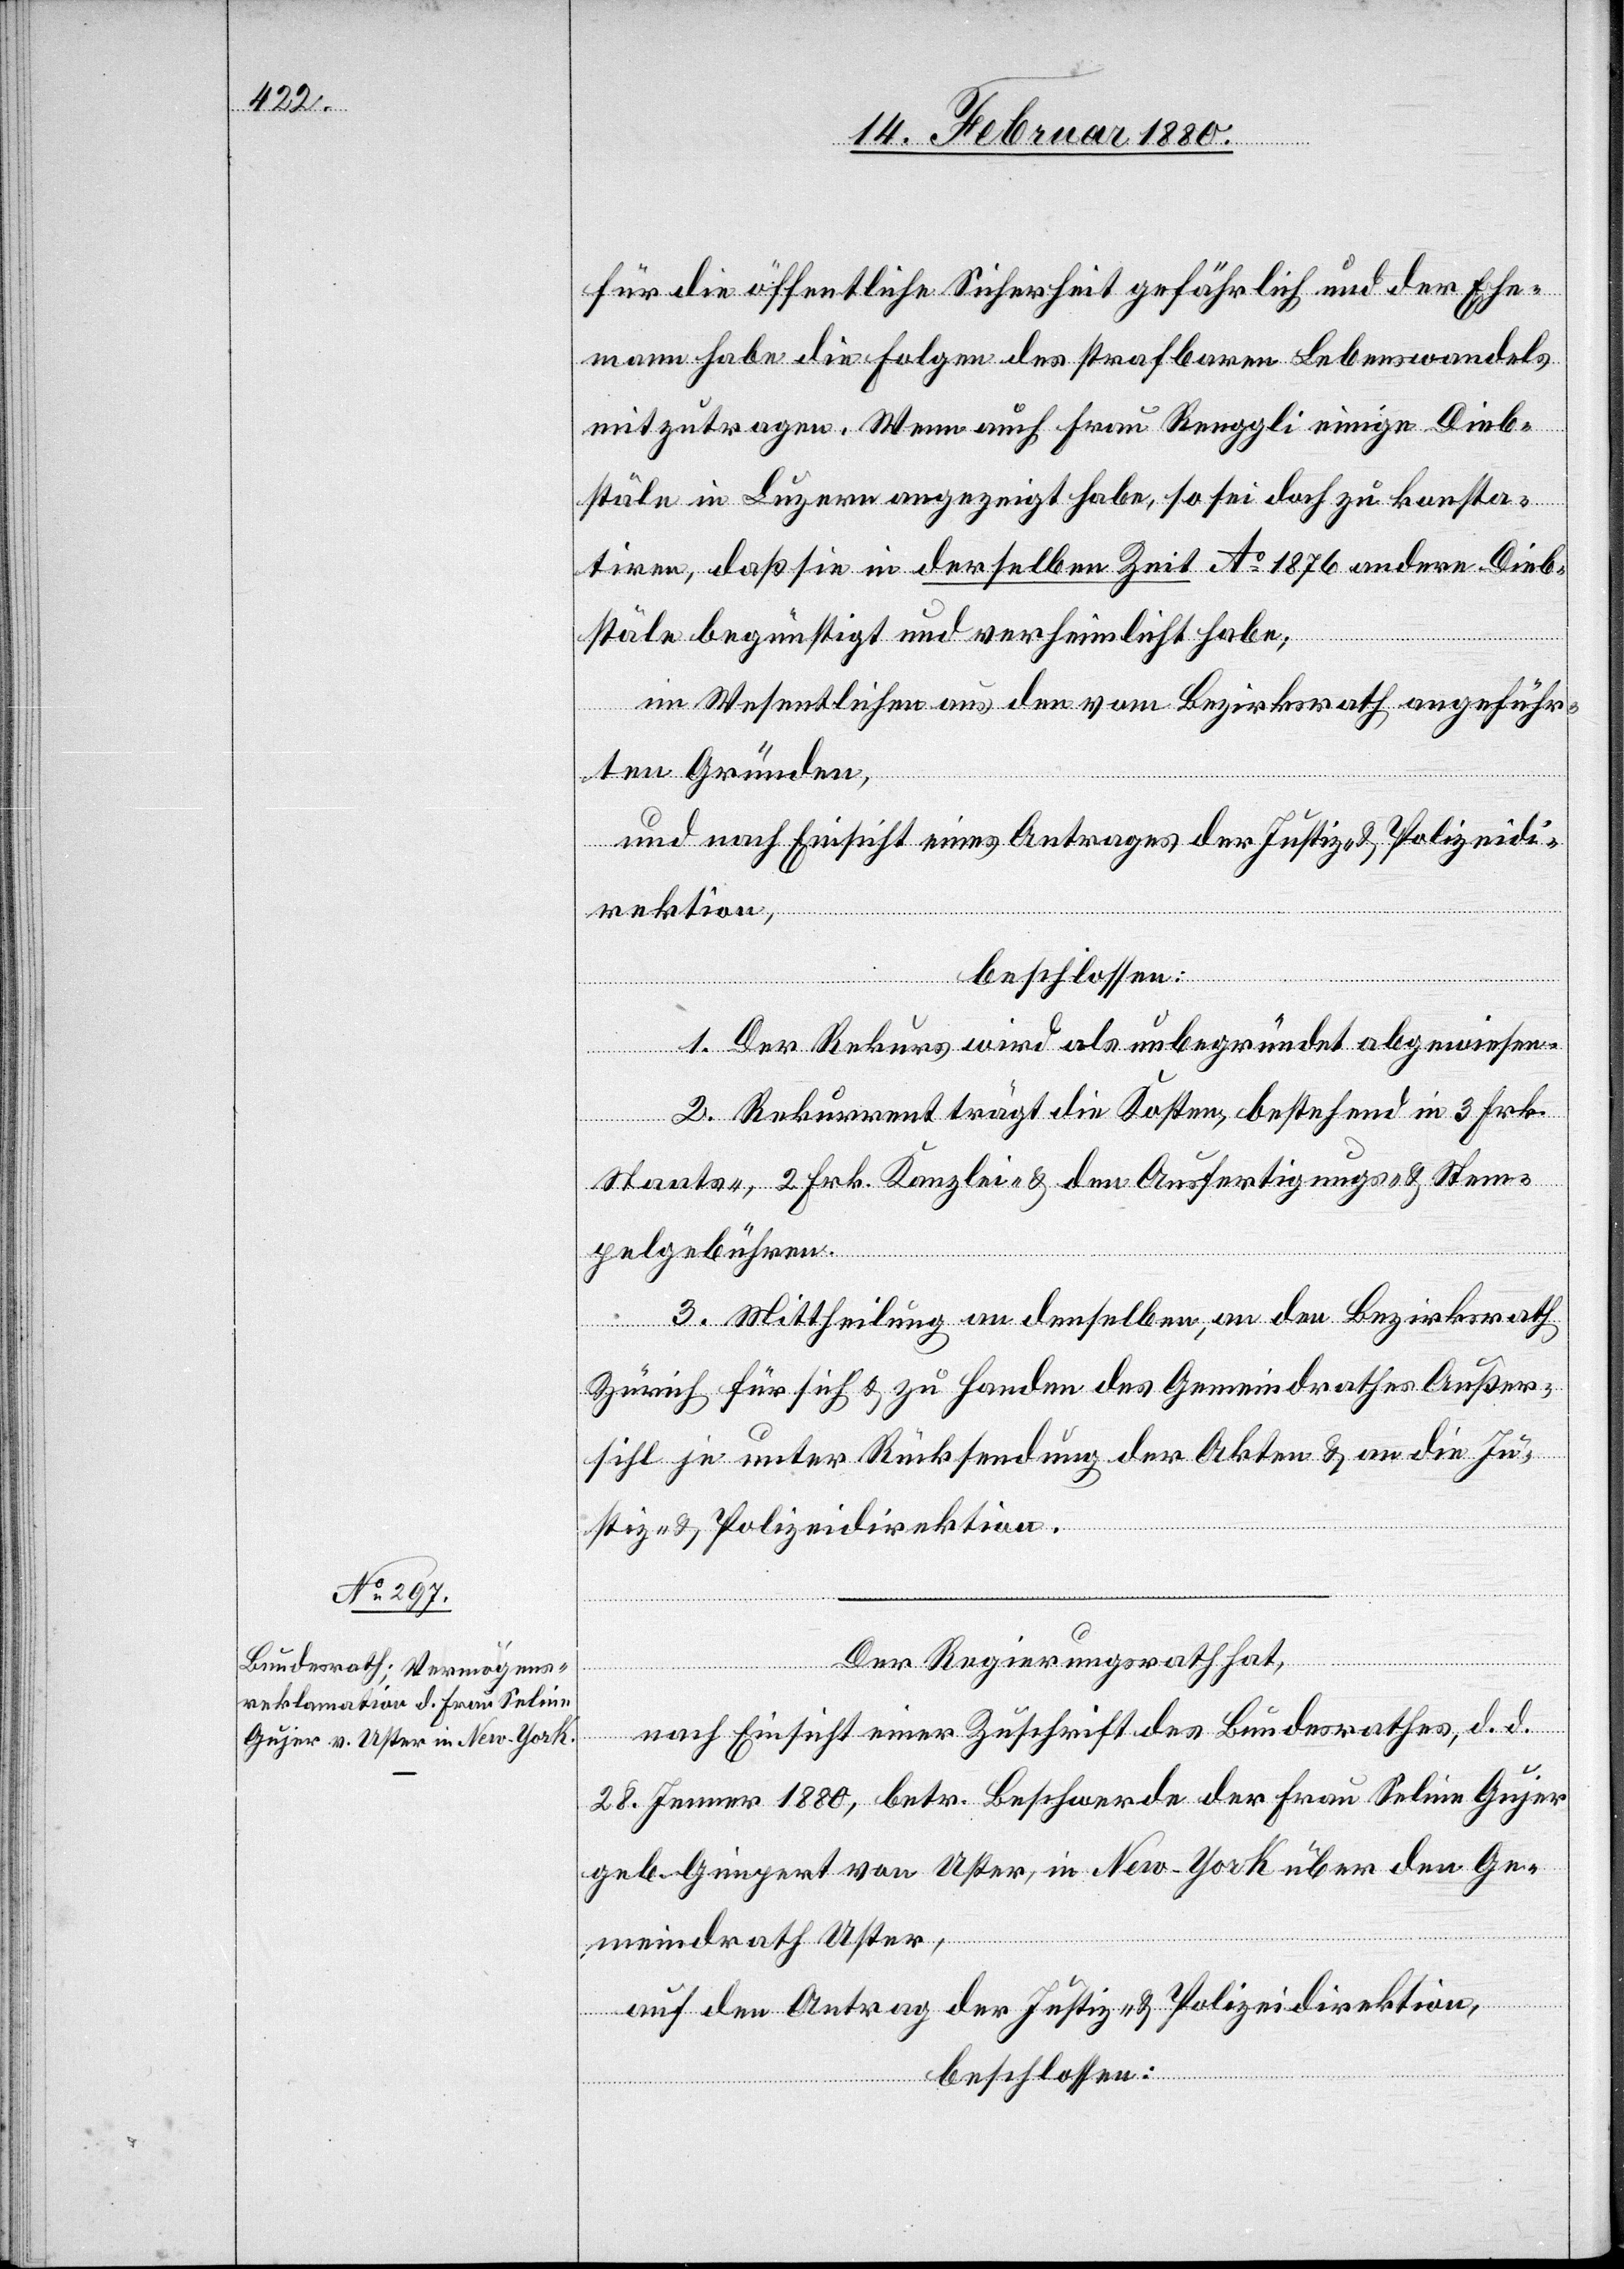
für die öffentliche Sicherheit gefährlich und der Ehe¬
mann habe die Folgen des strafbaren Lebenswandels
mitzutragen. Wenn auch Frau Renggli einige Dieb¬
stäle in Luzern angezeigt habe, so sei doch zu konsta¬
tiren, daß sie in derselben Zeit Ao 1876 andere Dieb¬
stäle begünstigt und verheimlicht habe;
im Wesentlichen aus den vom Bezirksrath angeführ¬
ten Gründen,
und nach Einsicht eines Antrages der Justiz- & Polizeidi¬
rektion,
beschlossen:
1. Der Rekurs wird als unbegründet abgewiesen.
2. Rekurrent trägt die Kosten, bestehend in 3 Frk.[,]
pelgebühren.
em¬
3. Mittheilung an denselben, an den Bezirksrath
Zürich für sich & zu Handen des Gemeindrathes Außer¬
sihl je unter Rücksendung der Akten & an die Ju¬
stiz- & Polizeidirektion.
Der Regierungsrath hat,
nach Einsicht einer Zuschrift des Bundesrathes, d. d.
28. Jenner 1880, betr. Beschwerde der Frau Seline Gujer
geb. Gimpert von Uster, in New-York über den Ge¬
meindrath Uster,
St¬
auf den Antrag der Justiz- & Polizeidirektion,
beschlossen: